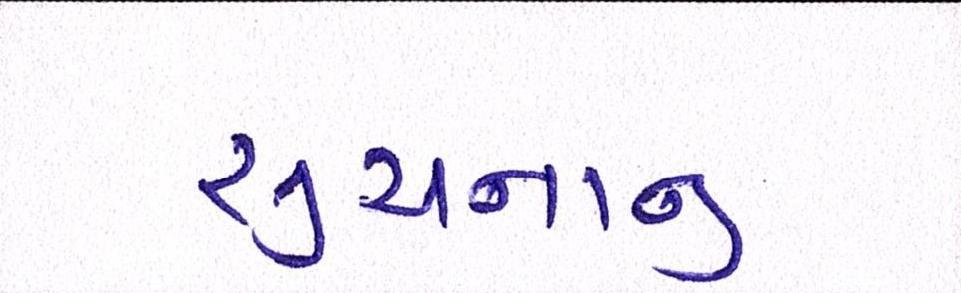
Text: સુચનાનુ